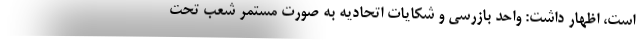
است، اظهار داشت: واحد بازرسی و شکایات اتحادیه به صورت مستمر شعب تحت